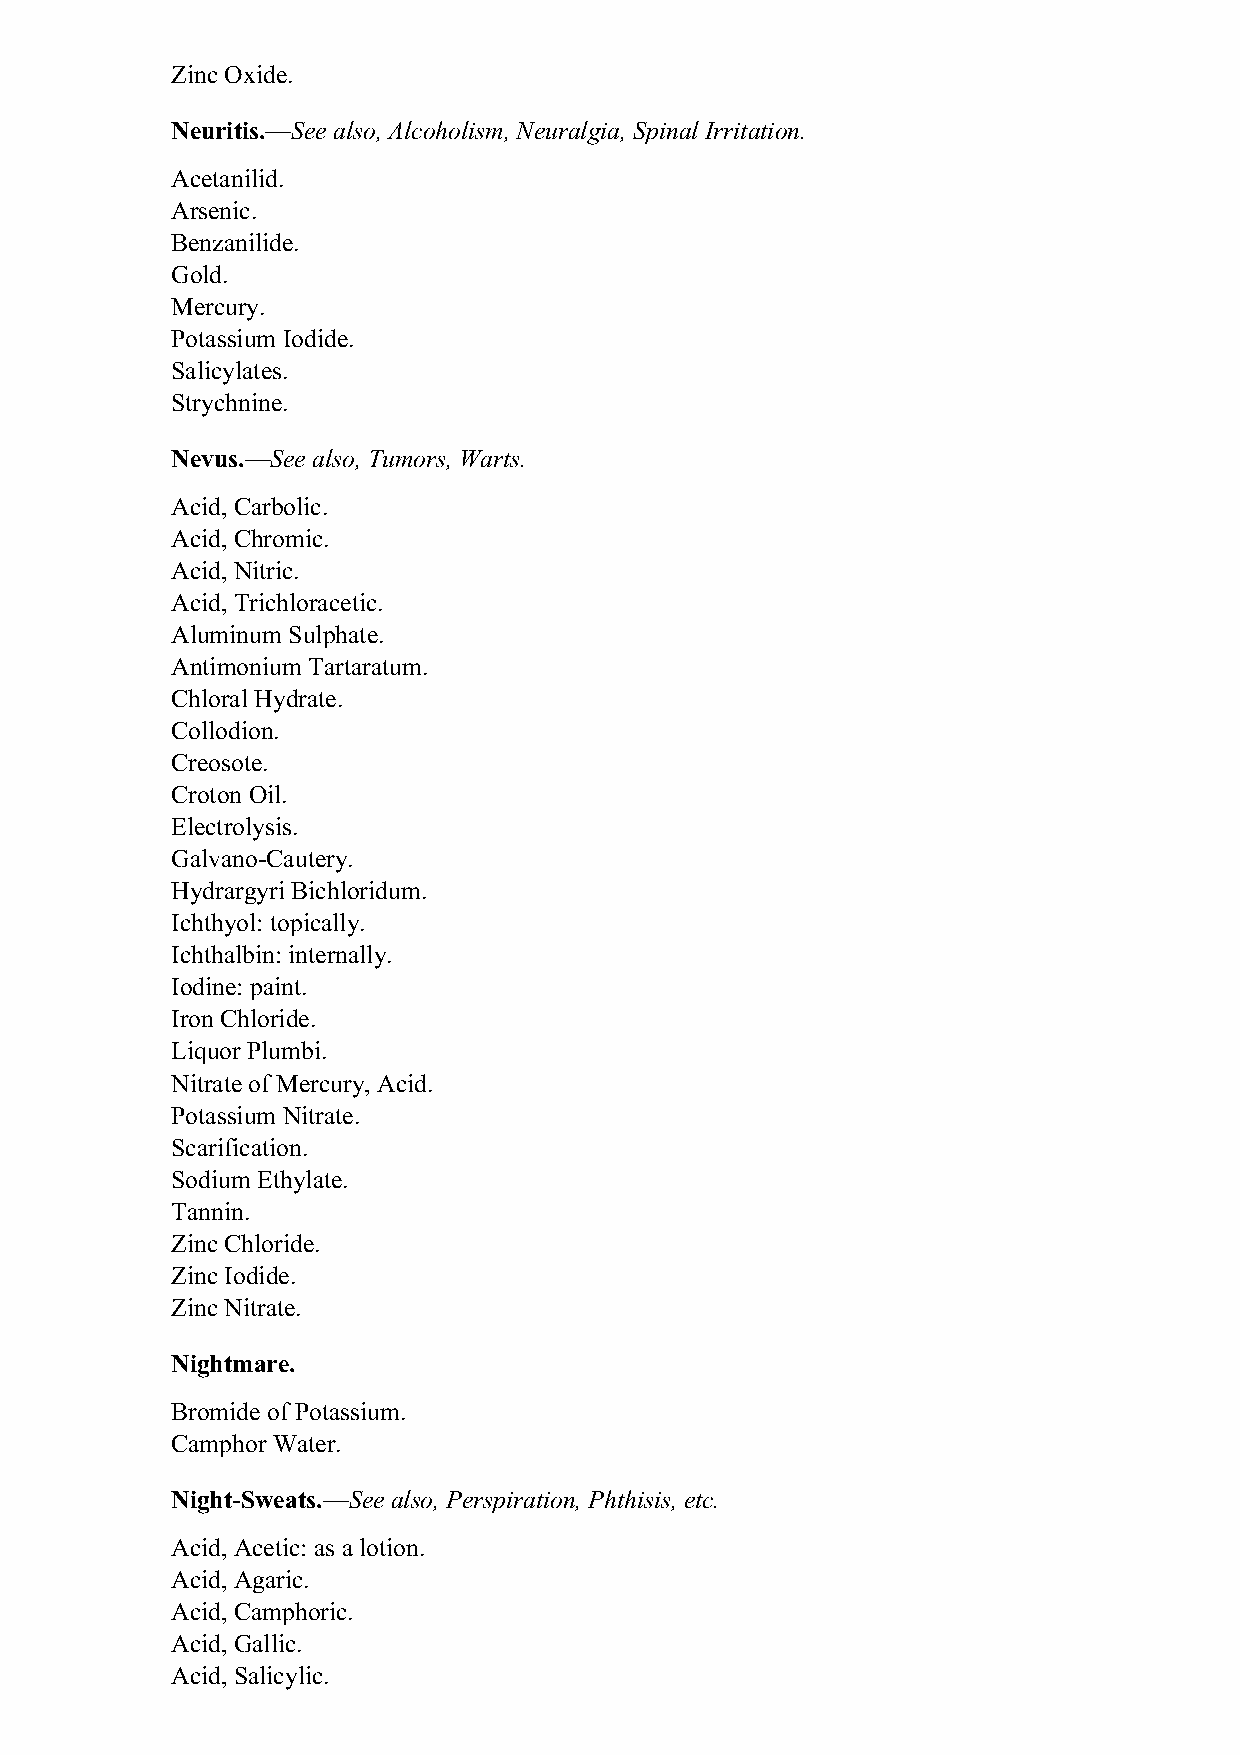
Zinc Oxide.
 Neuritis.—See also, Alcoholism, Neuralgia, Spinal Irritation.
 Acetanilid.
 Arsenic.
 Benzanilide.
 Gold.
 Mercury.
 Potassium Iodide.
 Salicylates.
 Strychnine.
 Nevus.—See also, Tumors, Warts.
 Acid, Carbolic.
 Acid, Chromic.
 Acid, Nitric.
 Acid, Trichloracetic.
 Aluminum Sulphate.
 Antimonium Tartaratum.
 Chloral Hydrate.
 Collodion.
 Creosote.
 Croton Oil.
 Electrolysis.
 Galvano-Cautery.
 Hydrargyri Bichloridum.
 Ichthyol: topically.
 Ichthalbin: internally.
 Iodine: paint.
 Iron Chloride.
 Liquor Plumbi.
 Nitrate of Mercury, Acid.
 Potassium Nitrate.
 Scarification.
 Sodium Ethylate.
 Tannin.
 Zinc Chloride.
 Zinc Iodide.
 Zinc Nitrate.
 Nightmare.
 Bromide of Potassium.
 Camphor Water.
 Night-Sweats.—See also, Perspiration, Phthisis, etc.
 Acid, Acetic: as a lotion.
 Acid, Agaric.
 Acid, Camphoric.
 Acid, Gallic.
 Acid, Salicylic.